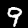
Label: 9